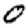
Digit: 0